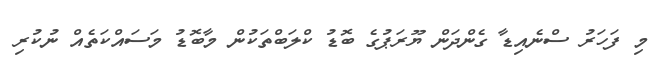
މި ފަހަރު ސްނެއިޑާ ގެންދަން ޔޫރަޕުގެ ބޮޑު ކްލަބްތަކުން މާބޮޑު މަސައްކަތެއް ނުކުރި